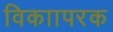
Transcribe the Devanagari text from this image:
विकाापरक